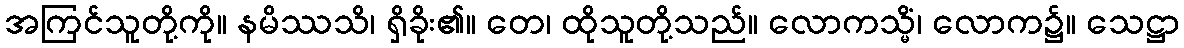
အကြင်သူတို့ကို။ နမိဿသိ၊ ရှိခိုး၏။ တေ၊ ထိုသူတို့သည်။ လောကသ္မိံ၊ လောက၌။ သေဋ္ဌာ